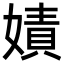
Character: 嫧